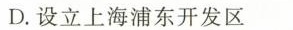
D.设立上海浦东开发区